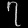
Digit: ၇